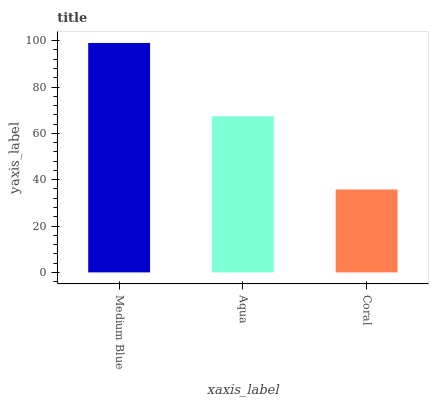
| xaxis_label | bars |
 | --- | --- |
 | Medium Blue | 99 |
 | Aqua | 67.4 |
 | Coral | 35.8 |